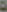
٥